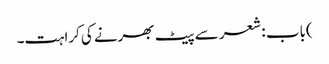
)باب : شعر سے پیٹ بھرنے کی کراہت۔